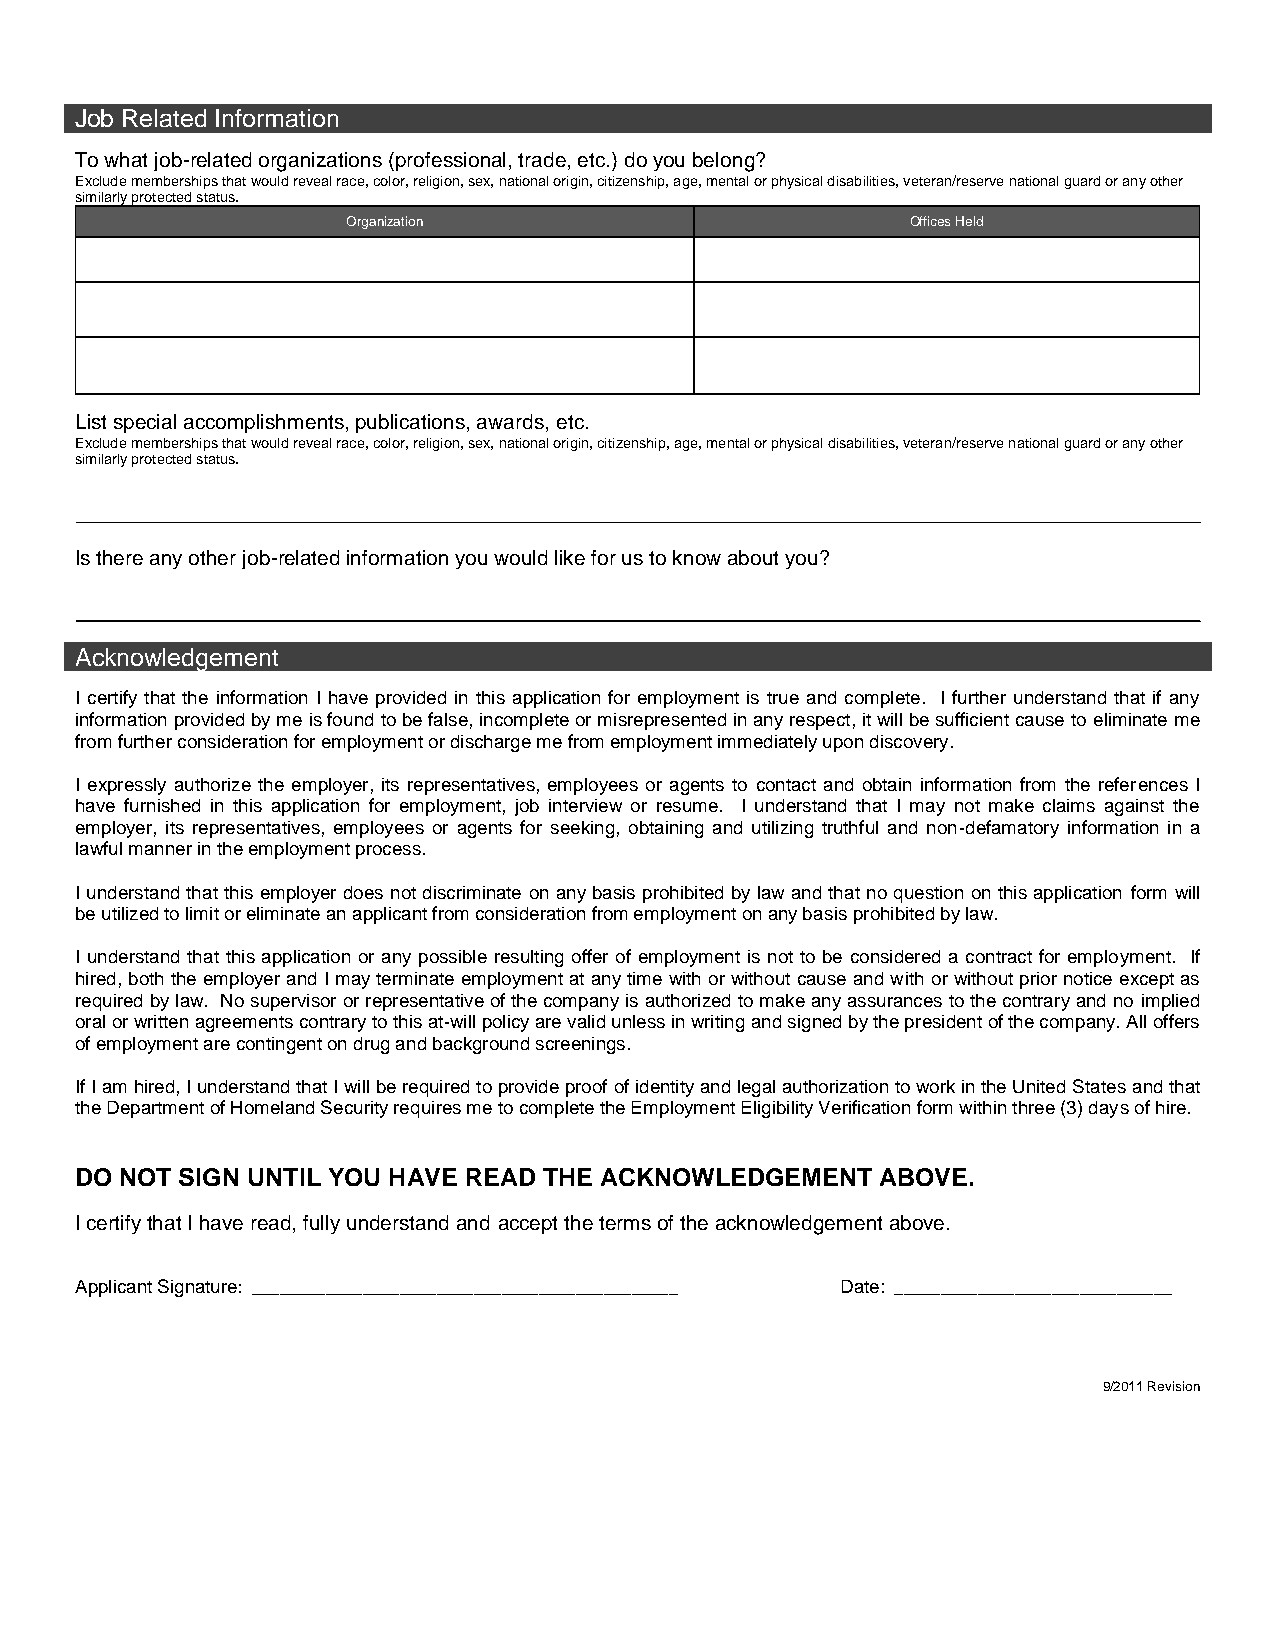
Job Related Information
 To what job-related organizations (professional, trade, etc.) do you belong?
 Exclude memberships that would reveal race, color, religion, sex, national origin, citizenship, age, mental or physical disabilities, veteran/reserve national guard or any other
 similarly protected status.
 Organization                         Offices Held
 List special accomplishments, publications, awards, etc.
 Exclude memberships that would reveal race, color, religion, sex, national origin, citizenship, age, mental or physical disabilities, veteran/reserve national guard or any other
 similarly protected status.
 Is there any other job-related information you would like for us to know about you?
 Acknowledgement
 I certify that the information I have provided in this application for employment is true and complete. I further understand that if any
 information provided by me is found to be false, incomplete or misrepresented in any respect, it will be sufficient cause to eliminate me
 from further consideration for employment or discharge me from employment immediately upon discovery.
 I expressly authorize the employer, its representatives, employees or agents to contact and obtain information from the references I
 have furnished in this application for employment, job interview or resume. I understand that I may not make claims against the
 employer, its representatives, employees or agents for seeking, obtaining and utilizing truthful and non-defamatory information in a
 lawful manner in the employment process.
 I understand that this employer does not discriminate on any basis prohibited by law and that no question on this application form will
 be utilized to limit or eliminate an applicant from consideration from employment on any basis prohibited by law.
 I understand that this application or any possible resulting offer of employment is not to be considered a contract for employment. If
 hired, both the employer and I may terminate employment at any time with or without cause and with or without prior notice except as
 required by law. No supervisor or representative of the company is authorized to make any assurances to the contrary and no implied
 oral or written agreements contrary to this at-will policy are valid unless in writing and signed by the president of the company. All offers
 of employment are contingent on drug and background screenings.
 If I am hired, I understand that I will be required to provide proof of identity and legal authorization to work in the United States and that
 the Department of Homeland Security requires me to complete the Employment Eligibility Verification form within three (3) days of hire.
 DO NOT SIGN UNTIL YOU HAVE READ THE ACKNOWLEDGEMENT  ABOVE.
 I certify that I have read, fully understand and accept the terms of the acknowledgement above.
 Applicant Signature: ______________________________________________ Date: ______________________________
 9/2011 Revision